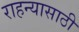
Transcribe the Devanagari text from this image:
राहन्यासाठी